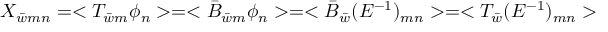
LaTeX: X _ { \bar { w } m n } = < T _ { \bar { w } m } \phi _ { n } > = < \bar { B } _ { \bar { w } m } \phi _ { n } > = < \bar { B } _ { \bar { w } } ( E ^ { - 1 } ) _ { m n } > = < T _ { \bar { w } } ( E ^ { - 1 } ) _ { m n } >